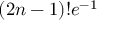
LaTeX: ( 2 n - 1 ) ! e ^ { - 1 }